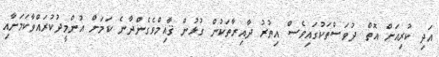
އަދި ކުރިއަށް އޮތް ދުވަސްތަކުގައިވެސް އިތުރު ދާއިރާތަކުން ގުޅުން ޤާއިމްވެގެންދާނެ ކަމަށް އުންމީދުކުރައްވާކަމަށާއި